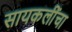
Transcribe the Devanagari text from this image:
सायकलींचा